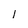
Character: 1